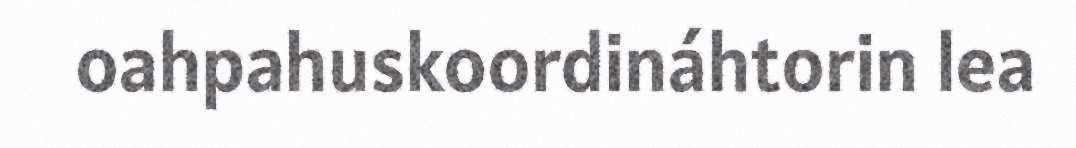
oahpahuskoordináhtorin lea